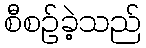
စီစဉ်ခဲ့သည်